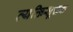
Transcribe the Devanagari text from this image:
व्यक्तिसूचक